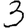
Digit: 3